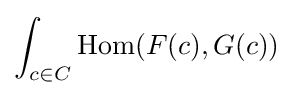
\int _{c\in C}\operatorname {Hom} (F(c),G(c))